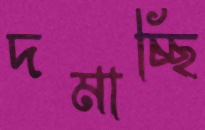
দমাচ্ছি